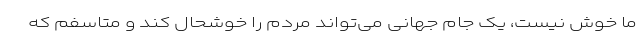
ما خوش نیست، یک جام جهانی می‌تواند مردم را خوشحال کند و متاسفم که